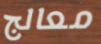
معالج